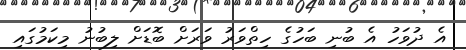
އެ ދުވަހު އެ ބުނި ބަހުގެ ހިތްވަރު ވަރަށް ބޮޑަށް ލިބުނު މިކަމުގައި